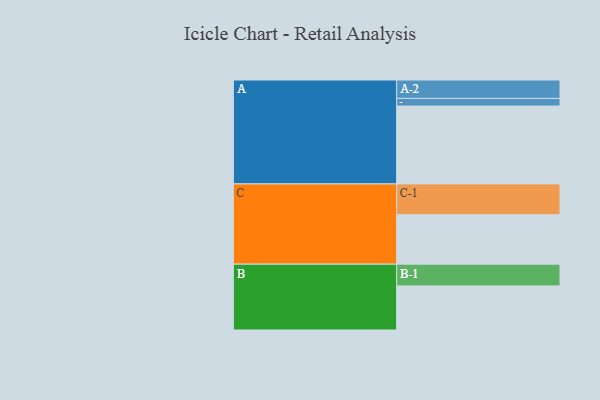
{"axis": {"x": "Segment", "y": "Value"}, "legend": ["", "A", "B", "C"], "data": [{"x": "A", "y": 562, "type": ""}, {"x": "B", "y": 318, "type": ""}, {"x": "C", "y": 357, "type": ""}, {"x": "A-1", "y": 55, "type": "A"}, {"x": "A-2", "y": 133, "type": "A"}, {"x": "B-1", "y": 157, "type": "B"}, {"x": "C-1", "y": 222, "type": "C"}]}